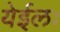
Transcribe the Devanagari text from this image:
येईलः